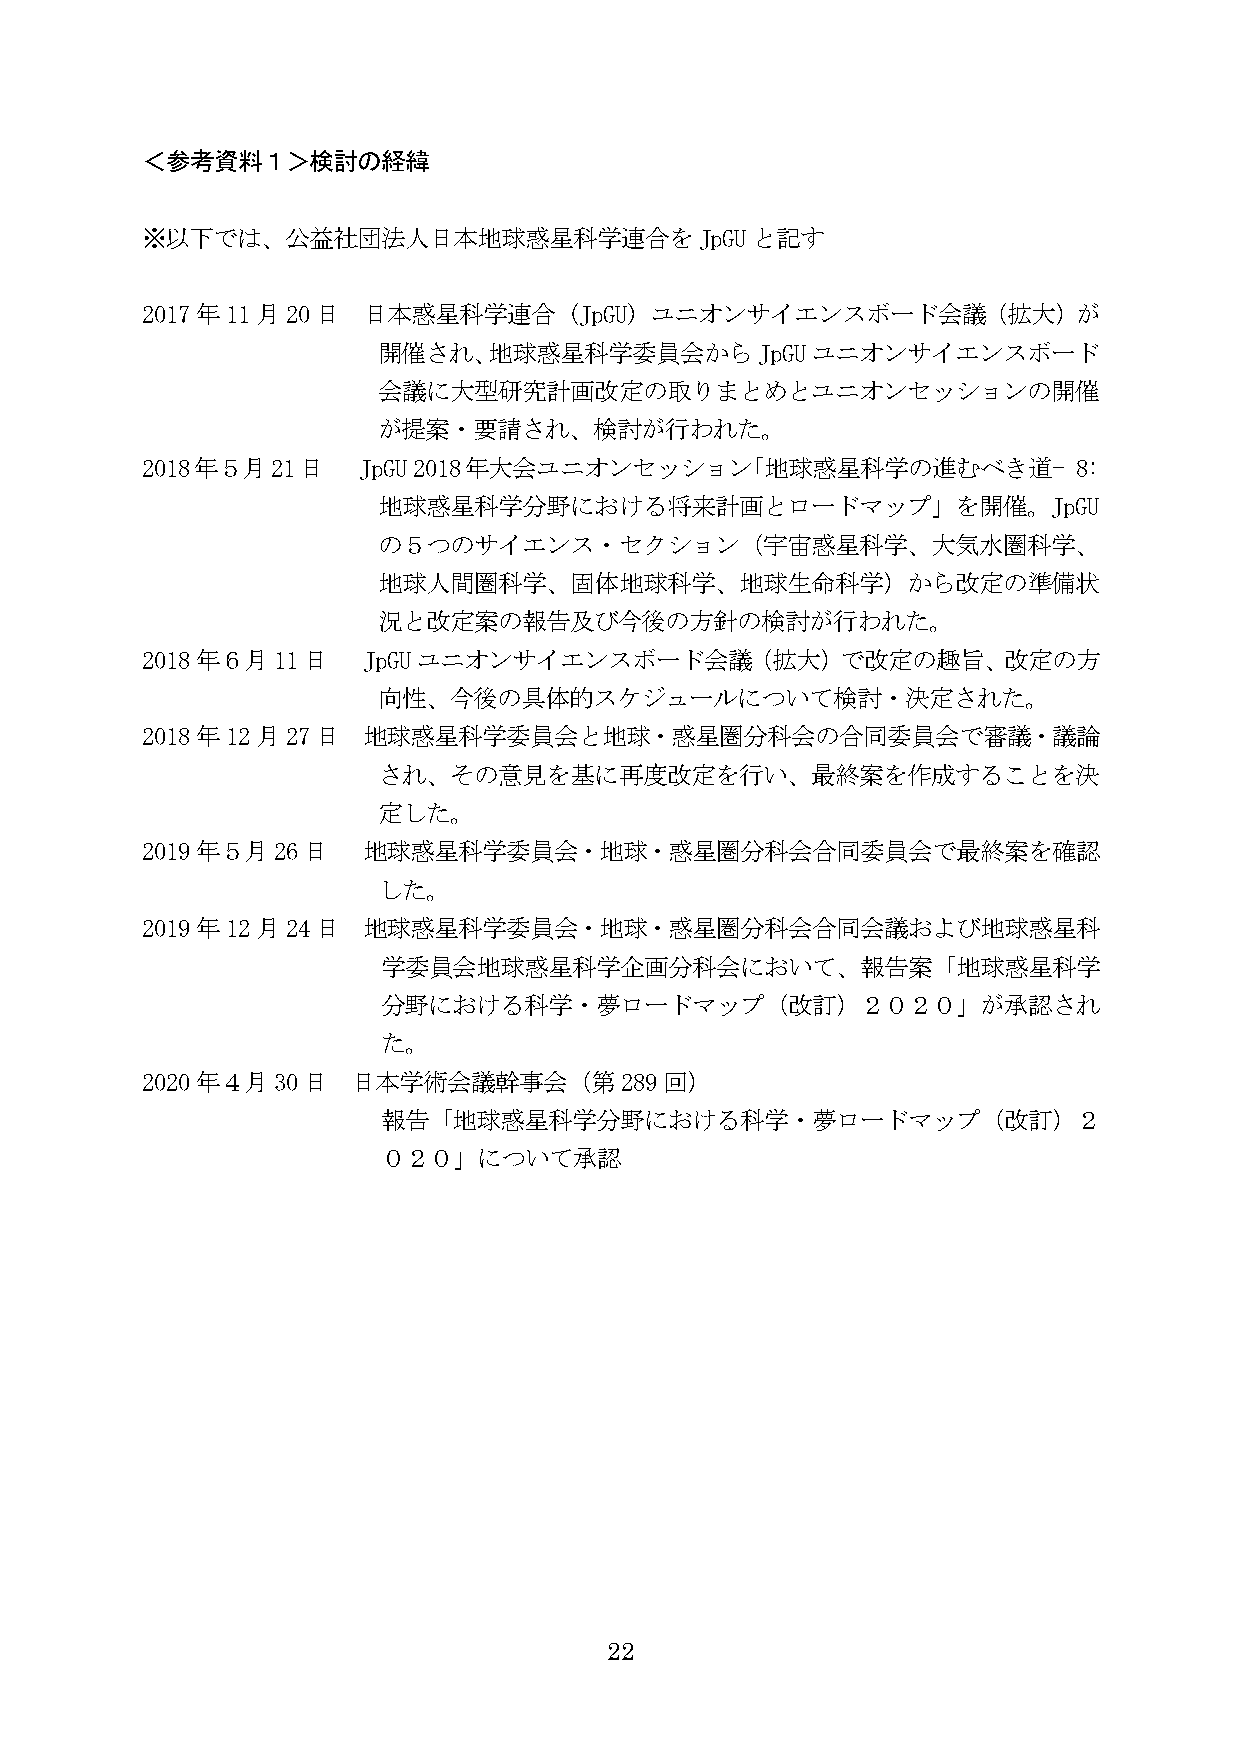
＜参考資料１＞検討の経緯
 ※以下では、公益社団法人日本地球惑星科学連合をJpGUと記す
 2017年11月20日    日本惑星科学連合      (JpGU) ユニオンサイエンスボード会議（拡大）が
 開催され、地球惑星科学委員会からJpGUユニオンサイエンスボード
 会議に大型研究計画改定の取りまとめとユニオンセッションの開催
 が提案・要請され、検討が行われた。
 2018年５月21日     JpGU 2018年大会ユニオンセッション「地球惑星科学の進むべき道‒            8:
 地球惑星科学分野における将来計画とロードマップ」を開催。JpGU
 の５つのサイエンス・セクション（宇宙惑星科学、大気水圏科学、
 地球人間圏科学、固体地球科学、地球生命科学）から改定の準備状
 況と改定案の報告及び今後の方針の検討が行われた。
 2018年６月11日     JpGUユニオンサイエンスボード会議（拡大）で改定の趣旨、改定の方
 向性、今後の具体的スケジュールについて検討・決定された。
 2018年12月27日    地球惑星科学委員会と地球・惑星圏分科会の合同委員会で審議・議論
 され、その意見を基に再度改定を行い、最終案を作成することを決
 定した。
 2019年５月26日     地球惑星科学委員会・地球・惑星圏分科会合同委員会で最終案を確認
 した。
 2019年12月24日    地球惑星科学委員会・地球・惑星圏分科会合同会議および地球惑星科
 学委員会地球惑星科学企画分科会において、報告案「地球惑星科学
 分野における科学・夢ロードマップ（改訂）２０２０」が承認され
 た。
 2020年４月30日    日本学術会議幹事会（第289回）
 報告「地球惑星科学分野における科学・夢ロードマップ（改訂）２
 ０２０」について承認
 2 2